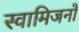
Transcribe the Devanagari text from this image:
स्वामिजनों